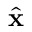
\hat { \textbf { x } }